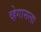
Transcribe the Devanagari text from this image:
व्हेगासला